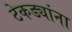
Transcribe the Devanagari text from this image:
टेकड्यांना